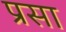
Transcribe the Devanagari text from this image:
प्रसा